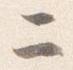
ニ